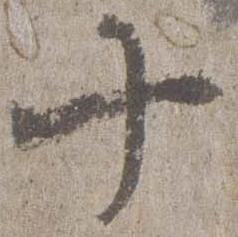
十